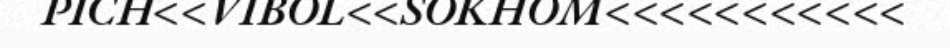
PICH<<VIBOL<<SOKHOM<<<<<<<<<<<